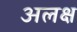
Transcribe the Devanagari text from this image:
अलक्ष